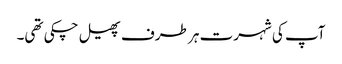
آپ کی شہرت ہر طرف پھیل چکی تھی۔